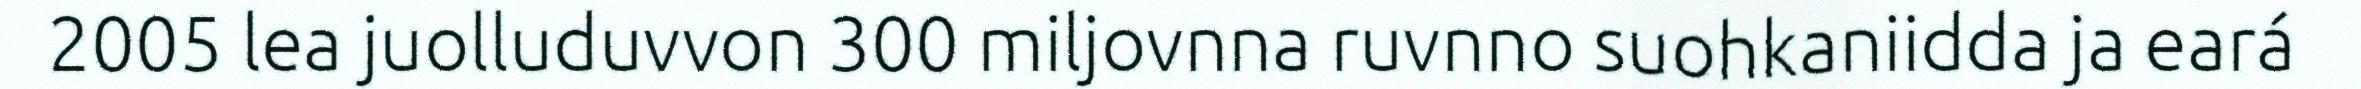
2005 lea juolluduvvon 300 miljovnna ruvnno suohkaniidda ja eará